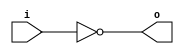
`timescale 1ns / 1ps
//////////////////////////////////////////////////////////////////////////////////
// Company: 
// Engineer: 
// 
// Design Name: 
// Module Name: not_gate
// Project Name: 
// Target Devices: 
// Tool Versions: 
// Description: 
// 
// Dependencies: 
// 
// Revision:
// Revision 0.01 - File Created
// Additional Comments:
// 
//////////////////////////////////////////////////////////////////////////////////


module not_gate (i, o);
	input  wire    i;	
	output wire    o;
	
	assign o = ~i;
endmodule